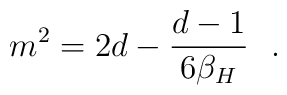
m^2 = 2 d -{d-1\over 6 \beta_H}~~.